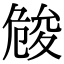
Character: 𠨢